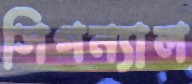
সিগন্যাল